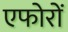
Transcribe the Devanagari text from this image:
एफोरों